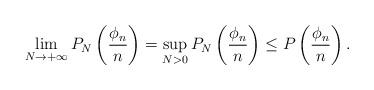
LaTeX: \begin{align*}\lim_{N \to +\infty}P_{N}\left(\dfrac{\phi_n}{n}\right) = \sup_{N > 0}P_{N}\left(\dfrac{\phi_n}{n}\right) \leq P\left(\dfrac{\phi_n}{n}\right).\end{align*}